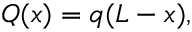
Q ( x ) = q ( L - x ) ,